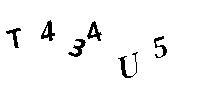
T434U5